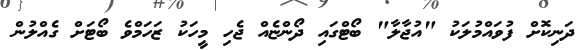
ދަނިކޮށް ފުވައްމުލަކު "އުޖާލާ" ބޯޓްގައި ދޯންޏެއް ޖެހި މީހަކު ޒަހަމްވެ ބޯޓަށް ގެއްލުން